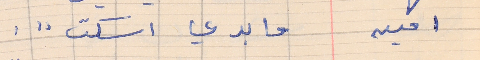
امين       ما بدي اسكت . . .